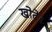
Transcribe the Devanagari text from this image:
खोटे।